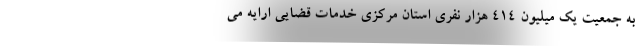
به جمعیت یک میلیون ۴۱۴ هزار نفری استان مرکزی خدمات قضایی ارایه می